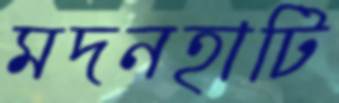
মদনহাটি